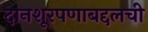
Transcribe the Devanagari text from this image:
दानशूरपणाबद्दलची